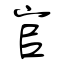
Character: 官